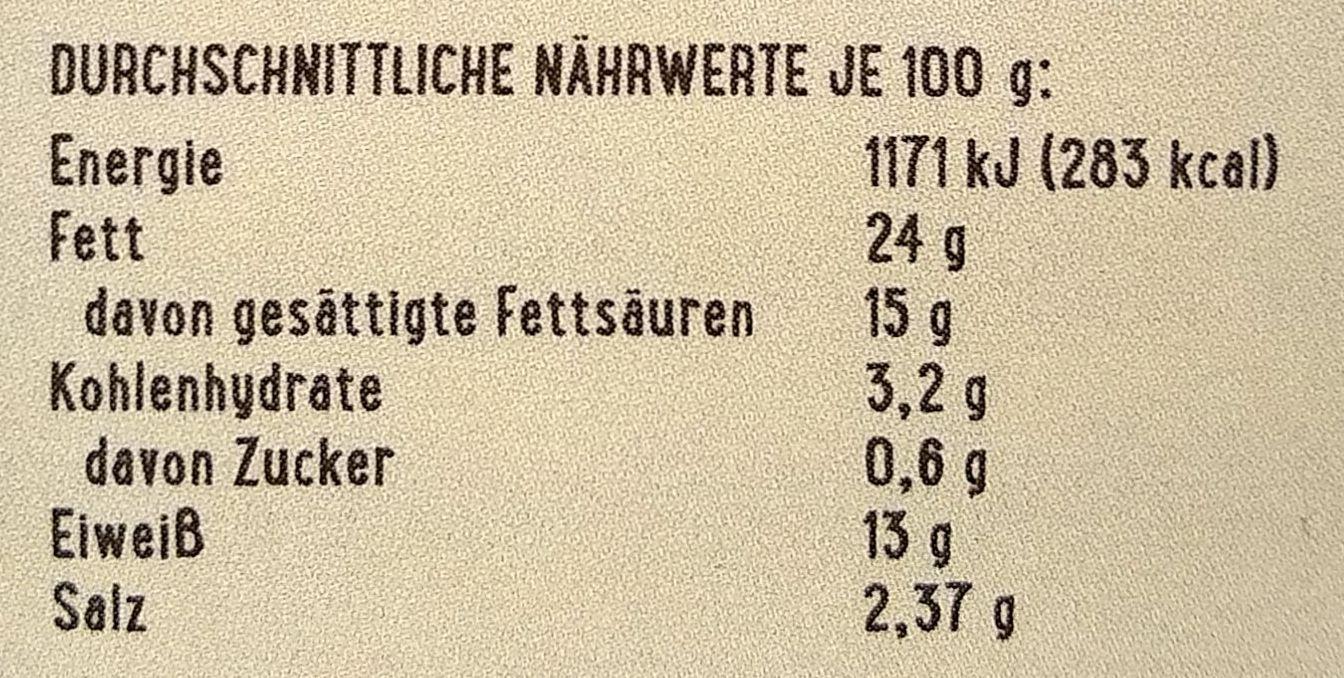
DURCHSCHNITTLICHE NÄHRWERTE JE 100 g: Energie Fett
davon gesättigte Fettsäuren Kohlenhydrate davon Zucker Eiweiß Salz
1171 kJ (283 kcal) 24 g 15 g 3,2 g 0,6g 13 g 2,37 g